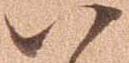
以